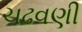
ચઢવણી